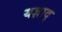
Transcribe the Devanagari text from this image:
यज्ञाद्‌